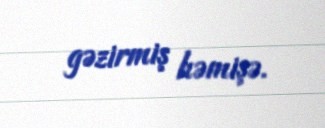
gəzirmiş həmişə.